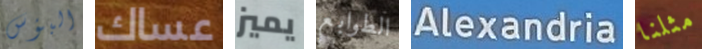
البؤس عساك يميز الطوابع Alexandria مثلنا